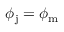
\phi _ { \mathrm { j } } = \phi _ { \mathrm { m } }